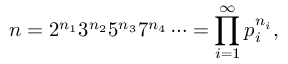
n = 2 ^ { n _ { 1 } } 3 ^ { n _ { 2 } } 5 ^ { n _ { 3 } } 7 ^ { n _ { 4 } } \cdots = \prod _ { i = 1 } ^ { \infty } p _ { i } ^ { n _ { i } } ,